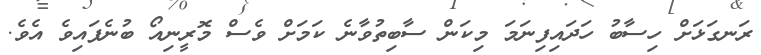
ރަނގަޅަށް ހިސާބު ހަދައިފިނަމަ މިކަން ސާބިތުވާނެ ކަމަށް ވެސް މޮރީނިއޯ ބުނެފައިވެ އެވެ.